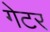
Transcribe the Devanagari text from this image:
गेटर